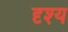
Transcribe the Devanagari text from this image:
दृश्‍य